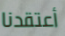
أعتقدنا